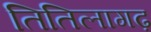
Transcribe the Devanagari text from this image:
तितिलागढ़